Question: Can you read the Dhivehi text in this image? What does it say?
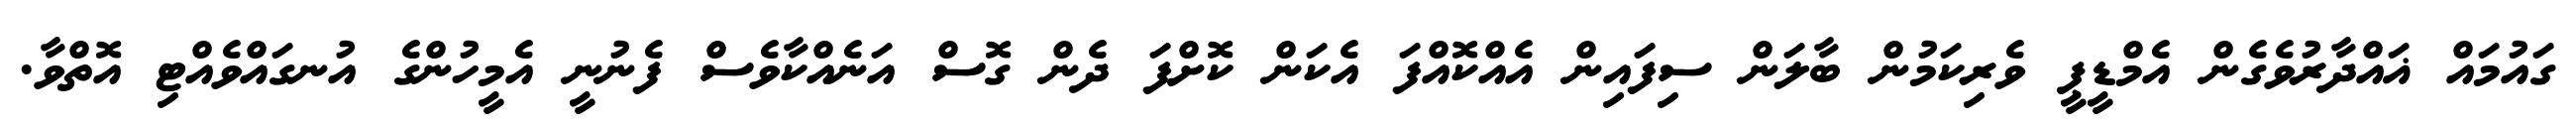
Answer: ގައުމައް ޣައްދާރުވެގެން އެމްޑީޕީ ވެރިކަމުން ބާލަން ސިފައިން އެއްކޮއްފަ އެކަން ކޮށްފަ ދެން ގޮސް އަނެއްކާވެސް ފެނުނީ އެމީހުންގެ އުނގައްވެއްޓި އޮތްވާ.